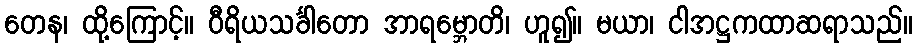
တေန၊ ထို့ကြောင့်။ ဝီရိယသင်္ခါတော အာရမ္ဘောတိ၊ ဟူ၍။ မယာ၊ ငါအဋ္ဌကထာဆရာသည်။